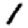
Digit: 1